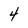
Character: 4